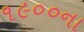
૧૯૦૦ના